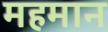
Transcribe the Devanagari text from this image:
महमान